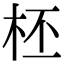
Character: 柸